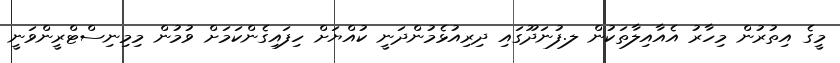
މީގެ އިތުރުން މިހާރު އެއާއިލާތަކުން ލ.ފުނަދޫގައި ދިރިއުޅެމުންދަނީ ކުއްޔަށް ހިފައިގެންކަމަށް ވުމުން މިމިނިސްޓްރީންވަނީ